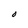
Character: O